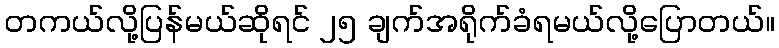
တကယ်လို့ပြန်မယ်ဆိုရင် ၂၅ ချက်အရိုက်ခံရမယ်လို့ပြောတယ်။